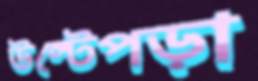
উল্টেপড়া